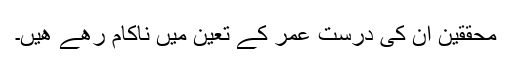
محققین ان کی درست عمر کے تعیّن میں ناکام رھے ھیں۔